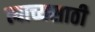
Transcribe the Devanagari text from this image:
त्याच्यसाठी